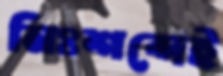
নিঃশব্দেই